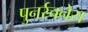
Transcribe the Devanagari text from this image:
पुनर्रचनेस